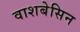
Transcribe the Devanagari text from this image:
वाशबेसिन